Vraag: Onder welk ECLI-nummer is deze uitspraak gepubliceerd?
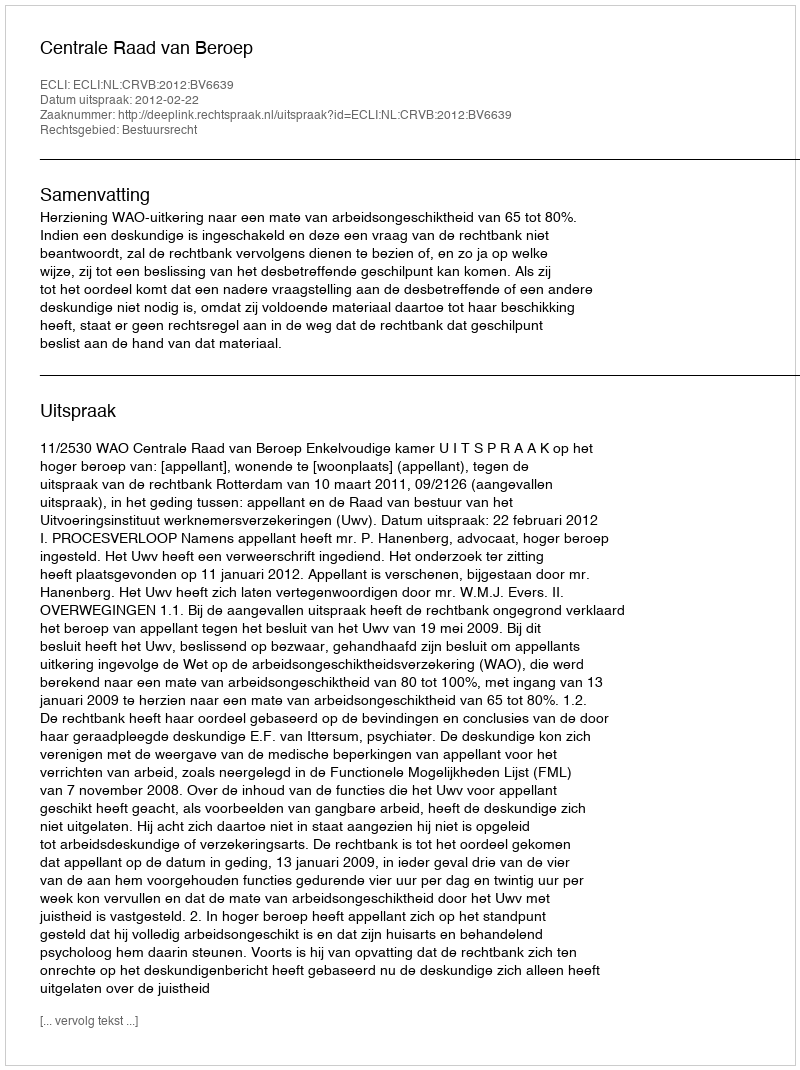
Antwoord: ECLI:NL:CRVB:2012:BV6639